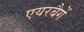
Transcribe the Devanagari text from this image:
एयरबैगें